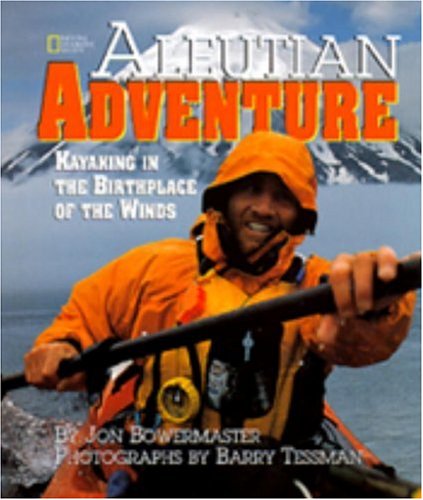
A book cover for Aleutian Adventure; Jon Bowermaster; Teen & Young Adult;